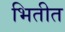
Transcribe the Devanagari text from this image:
भितीत